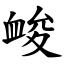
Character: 䘒